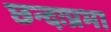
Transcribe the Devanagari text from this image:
छन्दःप्रभा